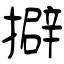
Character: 擗